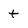
Character: t